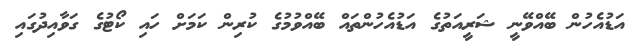
އަޑުއެހުން ބޭއްވޭނީ ޝަރީއަތުގެ އަޑުއެހުންތައް ބޭއްވުމުގެ ކުރިން ކަމަށް ހައި ކޯޓުގެ ގަވާއިދުގައި